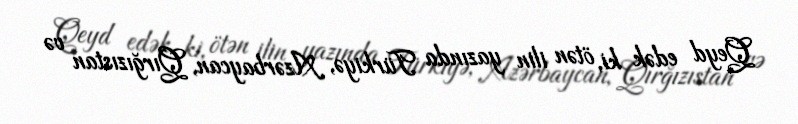
Qeyd edək ki, ötən ilin yazında Türkiyə, Azərbaycan, Qırğızıstan və